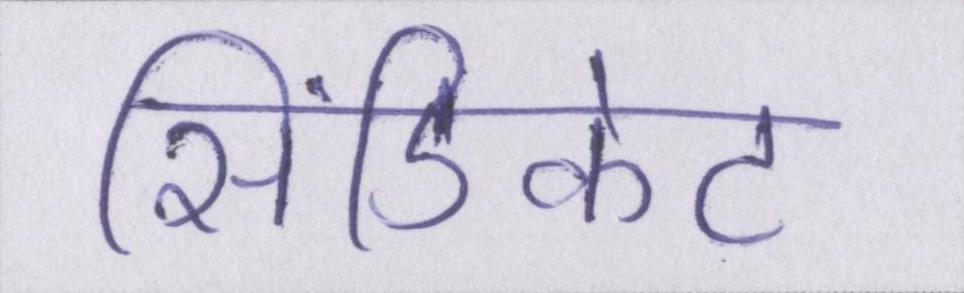
सिंडिकेट